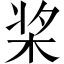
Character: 桨